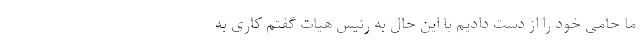
ما حامی خود را از دست دادیم با این حال به رئیس هیات گفتم کاری به